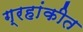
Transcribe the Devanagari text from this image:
ग्रहांकीत